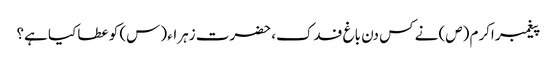
پیغمبر اکرم (ص) نے کس دن باغ فدک، حضرت زہراء (س) کو عطا کیا ہے؟